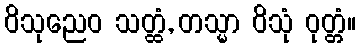
ဝိသုညေဝ သတ္ထံ, တသ္မာ ဝိသုံ ဝုတ္တံ။